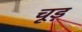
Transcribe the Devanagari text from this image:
चूड़